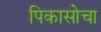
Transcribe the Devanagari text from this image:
पिकासोचा